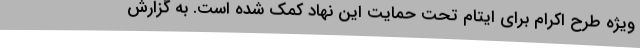
ویژه طرح اکرام برای ایتام تحت حمایت این نهاد کمک شده است. به گزارش